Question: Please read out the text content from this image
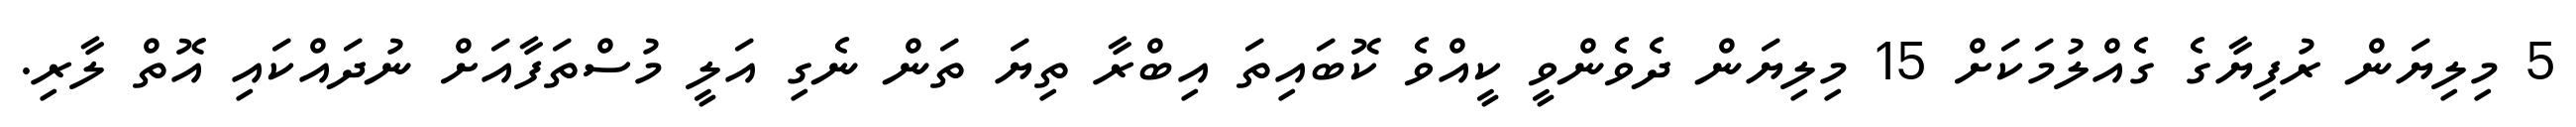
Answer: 5 މިލިޔަން ރުފިޔާގެ ގެއްލުމަކަށް 15 މިލިޔަން ދެވެންވީ ކީއްވެ ކޮބައިތަ އިބްރާ ތިޔަ ތަން ނެގި އަލީ މުސްތަފާއަށް ނުދައްކައި އޮތް ލާރި.